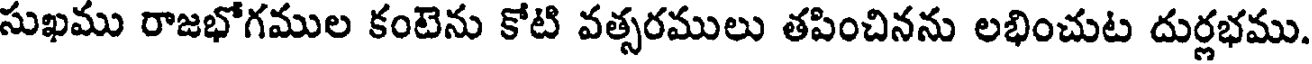
సుఖము రాజభోగముల కంటెను కోటి వత్సరములు తపించినను లభించుట దుర్లభము.